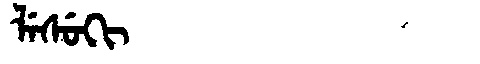
Manchu: ᠯᡝᠰᡠᡴᡳ
Romanization: LESUKI